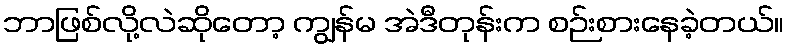
ဘာဖြစ်လို့လဲဆိုတော့ ကျွန်မ အဲဒီတုန်းက စဉ်းစားနေခဲ့တယ်။